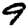
Digit: 9